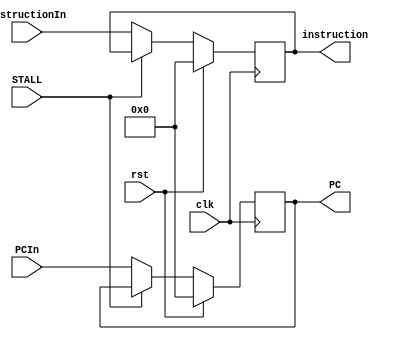
module F_D (input clk,input rst,input STALL,input [31:0] PCIn,input [31:0] instructionIn,output reg [31:0] PC,output reg [31:0] instruction);

always @ (posedge clk) begin
  if (rst)
  begin
    PC <= 0;
    instruction <= 0;
  end
  else 
  begin
    if (STALL)
    begin
    //no pasa nada 
    end
    else 
    begin
      instruction <= instructionIn;
      PC <= PCIn;
    end
  end
end 
endmodule